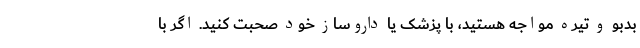
بدبو و تیره مواجه هستید، با پزشک یا داروساز خود صحبت کنید. اگر با